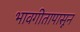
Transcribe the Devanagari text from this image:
भावगीतापासून